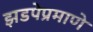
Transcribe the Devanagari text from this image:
झडपेप्रमाणे